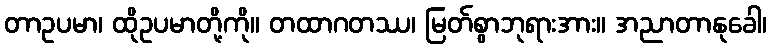
တာဥပမာ၊ ထိုဥပမာတို့ကို။ တထာဂတဿ၊ မြတ်စွာဘုရားအား။ အညာတာနုခေါ၊